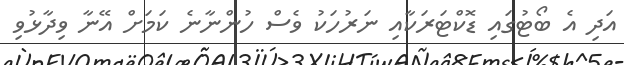
އަދި އެ ބޯޓުގައި ޑޮކްޓަރަކާއި ނަރުހަކު ވެެސް ހުންނާނެ ކަމަށް އޭނާ ވިދާޅުވި